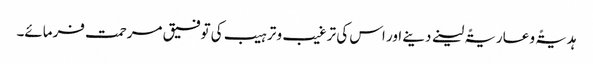
ہدیۃً و عاریۃً لینے دینے اور اس کی ترغیب و ترہیب کی توفیق مرحمت فرمائے۔